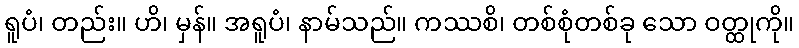
ရူပံ၊ တည်း။ ဟိ၊ မှန်။ အရူပံ၊ နာမ်သည်။ ကဿစိ၊ တစ်စုံတစ်ခု သော ဝတ္ထုကို။